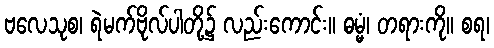
ဗလေသုစ၊ ရဲမက်ဗိုလ်ပါတို့၌ လည်းကောင်း။ ဓမ္မံ၊ တရားကို။ စရ၊